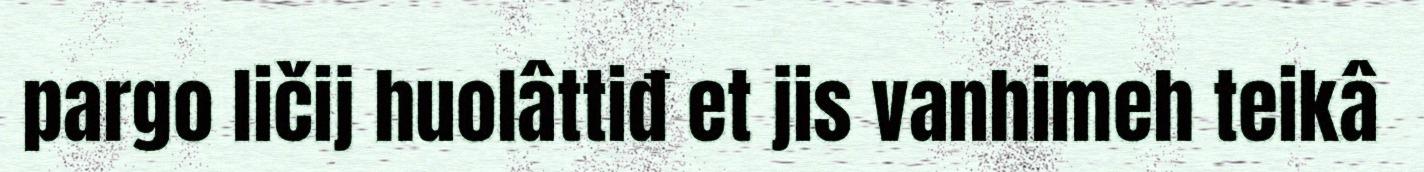
pargo ličij huolâttiđ et jis vanhimeh teikâ